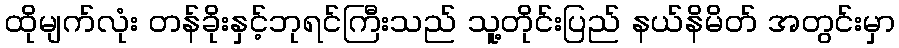
ထိုမျက်လုံး တန်ခိုးနှင့်ဘုရင်ကြီးသည် သူ့တိုင်းပြည် နယ်နိမိတ် အတွင်းမှာ